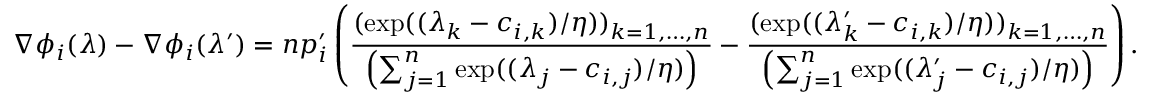
\nabla \phi _ { i } ( \lambda ) - \nabla \phi _ { i } ( \lambda ^ { \prime } ) = n p _ { i } ^ { \prime } \left( \frac { ( \exp ( ( \lambda _ { k } - c _ { i , k } ) / \eta ) ) _ { k = 1 , \ldots , n } } { \left( \sum _ { j = 1 } ^ { n } \exp ( ( \lambda _ { j } - c _ { i , j } ) / \eta ) \right) } - \frac { ( \exp ( ( \lambda _ { k } ^ { \prime } - c _ { i , k } ) / \eta ) ) _ { k = 1 , \ldots , n } } { \left( \sum _ { j = 1 } ^ { n } \exp ( ( \lambda _ { j } ^ { \prime } - c _ { i , j } ) / \eta ) \right) } \right) .